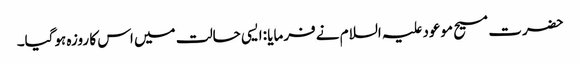
حضرت مسیح موعود علیہ السلام نے فرمایا :ایسی حالت میں اس کا روزہ ہوگیا۔